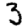
Digit: 3